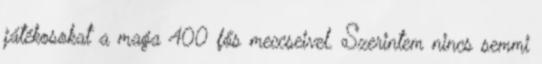
játékosokat a maga 400 fős meccseivel. Szerintem nincs semmi